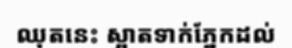
ឈុតនេះ ស្អាតទាក់ភ្នែកដល់